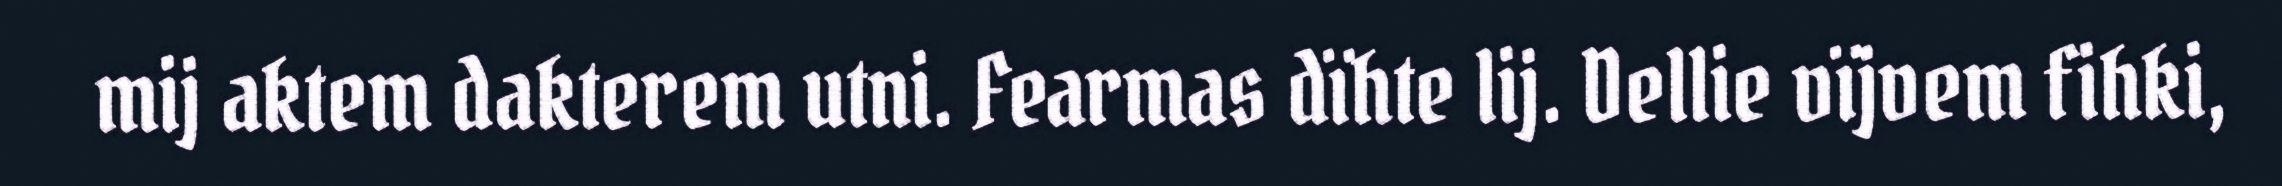
mij aktem dakterem utni. Fearmas dïhte lij. Dellie vïjvem fihki,